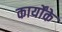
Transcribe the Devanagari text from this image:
कार्योंके